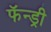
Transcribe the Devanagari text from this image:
फॅन्ड्री